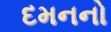
દમનનો